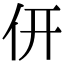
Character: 𠆻